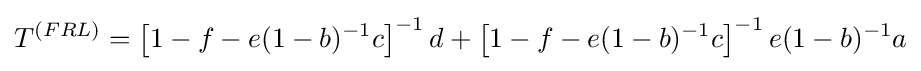
T^{(FRL)}=\left[1-f-e(1-b)^{-1}c\right]^{-1}d+\left[1-f-e(1-b)^{-1}c\right]^{-1}e(1-b)^{-1}a